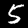
Digit: 5